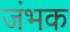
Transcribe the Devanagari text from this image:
जंभक